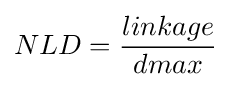
NLD={\frac {linkage}{dmax}}